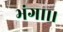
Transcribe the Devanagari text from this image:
भंगा।।